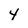
Character: 4